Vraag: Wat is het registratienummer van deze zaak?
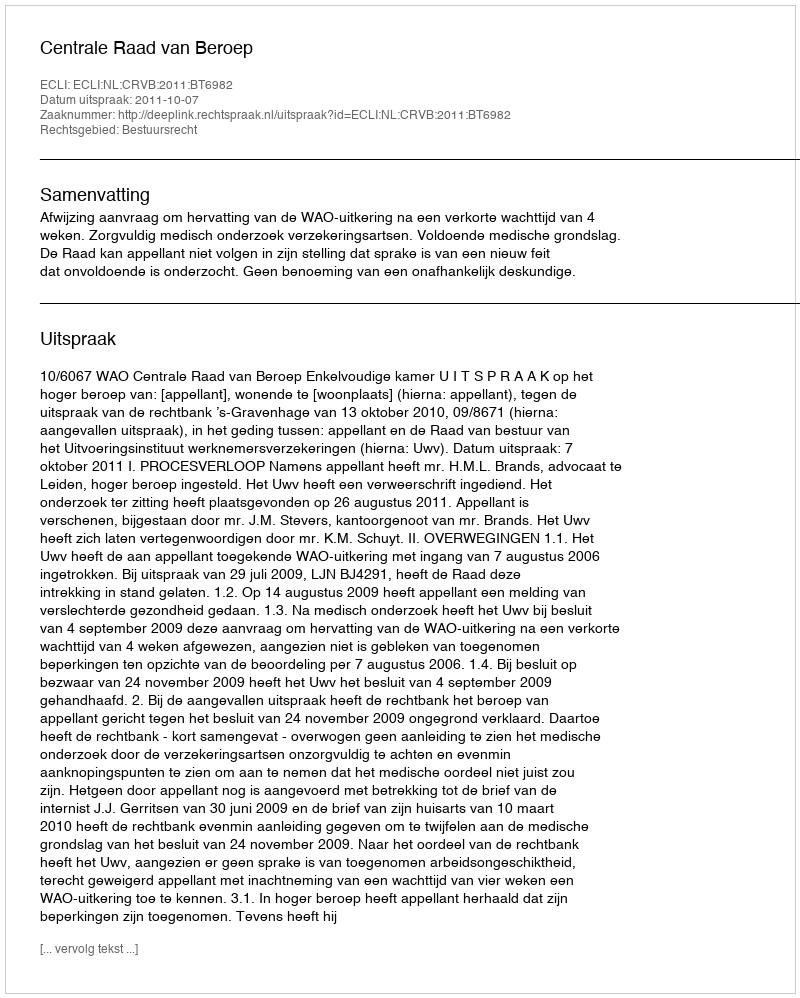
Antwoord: http://deeplink.rechtspraak.nl/uitspraak?id=ECLI:NL:CRVB:2011:BT6982